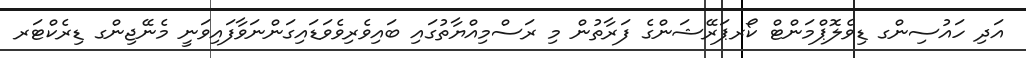
އަދި ހައުސިންގ ޑިވެލޮޕްމަންޓް ކޯރޕަރޭޝަންގެ ފަރާތުން މި ރަސްމިއްޔާތުގައި ބައިވެރިވެވަޑައިގަންނަވާފައިވަނީ މެނޭޖިންގ ޑިރެކްޓަރ